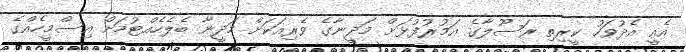
އެއީ އެދުވަހު ކީރިތި ރަސޫލާގެ އަމުރުފުޅަށް މަދީނާގެ ވެރިއަކަށް މަދީނާ ބެލެހެއްޓުމަށް އިސްމީހެއްގެ